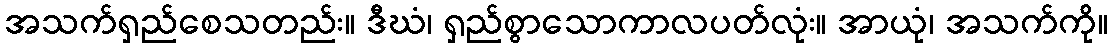
အသက်ရှည်စေသတည်း။ ဒီဃံ၊ ရှည်စွာသောကာလပတ်လုံး။ အာယုံ၊ အသက်ကို။